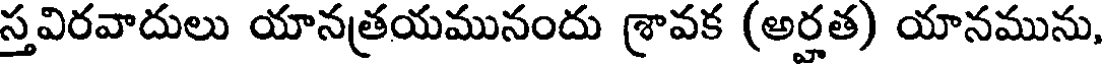
స్తవిరవాదులు యానత్రయమునందు శ్రావక (అర్హత) యానమును,